Annual report of the Punjab Veterinary College and of the Civil Veterinary Department, Punjab - 1920-1925
Year: 1920
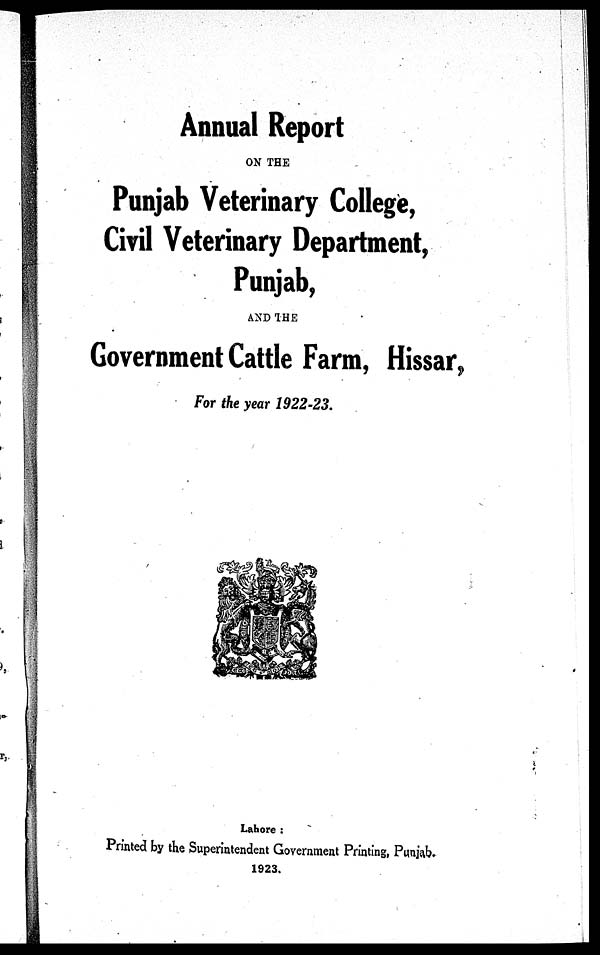
Annual Report
ON THE
Punjab Veterinary College,
Civil Veterinary Department,
Punjab,
AND THE
Government Cattle Farm, Hissar,
For the year 1922-23.
Lahore :
Printed by the Superintendent Government Printing, Punjab.
1923.